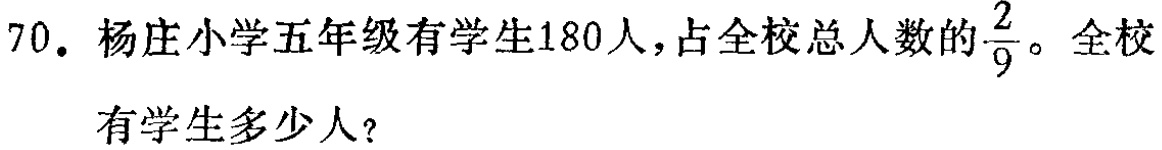
70. 杨庄小学五年级有学生180人，占全校总人数的$\frac{2}{9}$。全校有学生多少人？